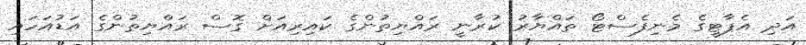
އަދި އެޕާޓީގެ މެނިފެސްޓޯ ތައްޔާރު ކުރާނީ ރައްޔިތުންގެ ކައިރިއަށް ގޮސް ރައްޔިތުންގެ އަޑުއަހައި